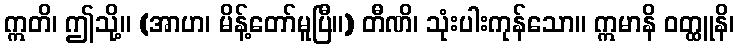
ဣတိ၊ ဤသို့။ (အာဟ၊ မိန့်တော်မူပြီ။) တီဏိ၊ သုံးပါးကုန်သော။ ဣမာနိ ဝတ္ထူနိ၊